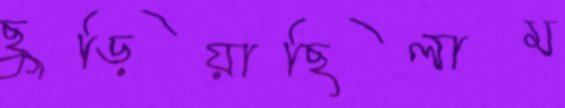
ছুড়িয়াছিলাম